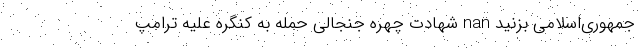
جمهوری‌اسلامی بزنید nan شهادت چهره جنجالی حمله به کنگره علیه ترامپ